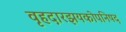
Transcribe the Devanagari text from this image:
वृहदारझयकोपनिषद